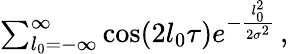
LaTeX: \begin{array}{r}{\sum_{l_{0}=-\infty}^{\infty}\cos(2l_{0}\tau)e^{-\frac{l_{0}^{2}}{2\sigma^{2}}}\, ,}\end{array}